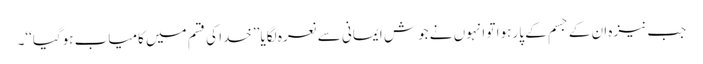
جب نیزہ ان کے جسم کے پار ہوا تو انہوں نے جوشِ ایمانی سے نعرہ لگایا ’’خدا کی قسم میں کامیاب ہوگیا‘‘۔